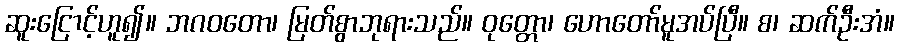
ဆူးငြောင့်ဟူ၍။ ဘဂဝတော၊ မြတ်စွာဘုရားသည်။ ဝုတ္တော၊ ဟောတော်မူအပ်ပြီ။ စ၊ ဆက်ဦးအံ။